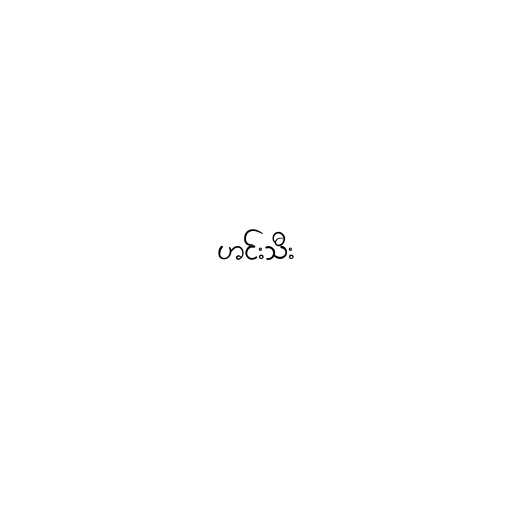
ဟင်းသီး